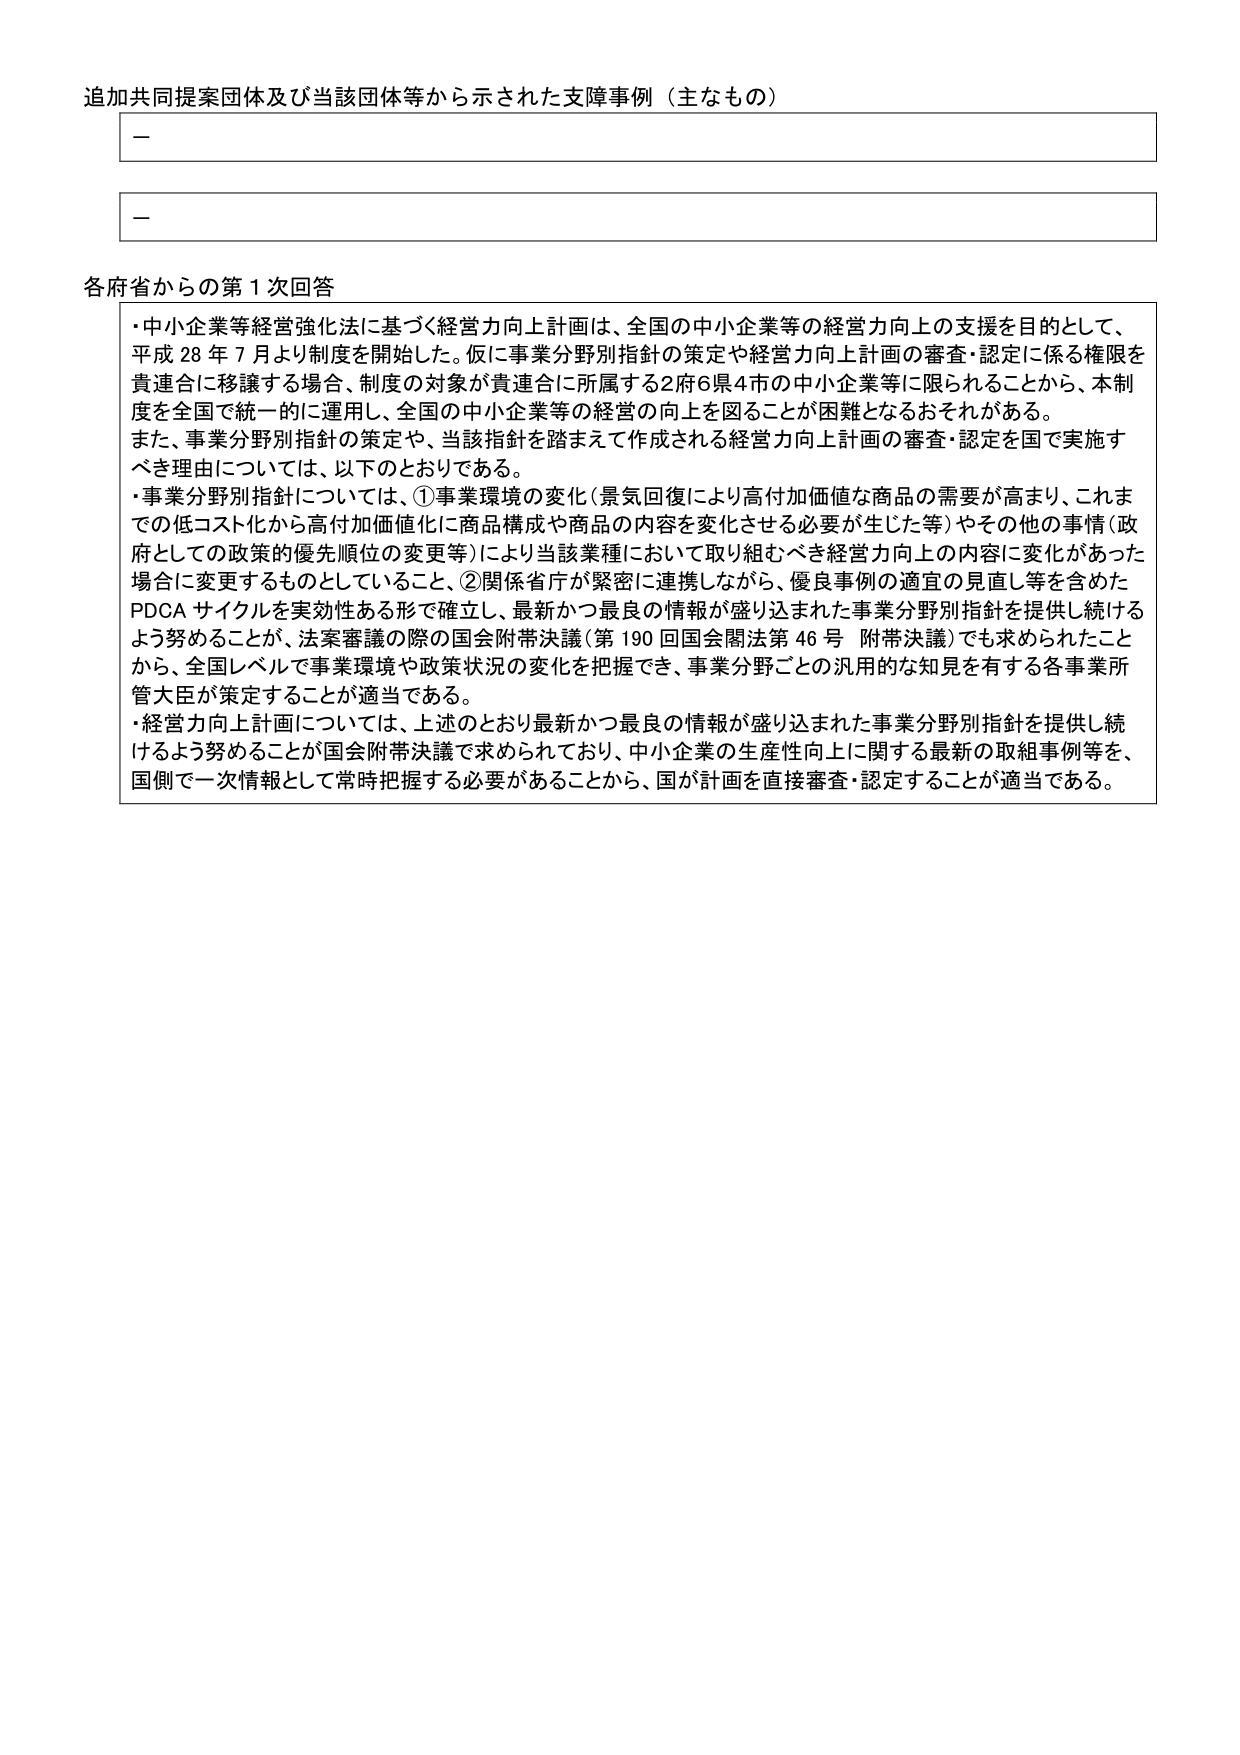
追加共同提案団体及び当該団体等から示された支障事例（主なもの）

－

－

各府省からの第1次回答

・中小企業等経営強化法に基づく経営力向上計画は、全国の中小企業等の経営力向上の支援を目的として、平成28年7月より制度を開始した。仮に事業分野別指針の策定や経営力向上計画の審査・認定に係る権限を貴連合に移譲する場合、制度の対象が貴連合に所属する2府6県4市の中企業等に限られることから、本制度を全国で統一的に運用し、全国の中小企業等の経営の向上を図ることが困難となるおそれがある。

また、事業分野別指針の策定や、当該指針を踏まえて作成される経営力向上計画の審査・認定を国で実施すべき理由については、以下のとおりである。

・事業分野別指針については、①事業環境の変化（景気回復により高付加価値な商品の需要が高まり、これまでの低コスト化から高付加価値化に商品構成や商品の内容を変化させる必要が生じた等）やその他の事情（政府としての政策的優先順位の変更等）により当該業種において取り組むべき経営力向上の内容に変化があった場合に変更するものとしていること、②関係省庁が緊密に連携しながら、優良事例の適宜の見直し等を含めたPDCAサイクルを実効性ある形で確立し、最新かつ最良の情報が盛り込まれた事業分野別指針を提供し続けるよう努めることが、法案審議の際の国会附帯決議（第190回国会関法第46号 附帯決議）でも求められたことから、全国レベルで事業環境や政策状況の変化を把握でき、事業分野ごとの汎用的な知見を有する各事業所管大臣が策定することが適当である。

・経営力向上計画については、上述のとおり最新かつ最良の情報が盛り込まれた事業分野別指針を提供し続けるよう努めることが国会附帯決議で求められており、中小企業の生産性向上に関する最新の取組事例等を、国側で一次情報として常時把握する必要があることから、国が計画を直接審査・認定することが適当である。